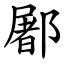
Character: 䣝